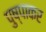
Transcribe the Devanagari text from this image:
पुष्पाकर